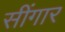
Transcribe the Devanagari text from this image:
सींगार